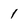
Character: 1